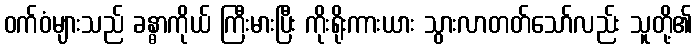
ဝက်ဝံများသည် ခန္ဓာကိုယ် ကြီးမားပြီး ကိုးရိုးကားယား သွားလာတတ်သော်လည်း သူတို့၏